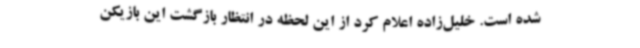
شده است. خلیل‌زاده اعلام کرد از این لحظه در انتظار بازگشت این بازیکن